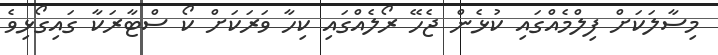
މިސާލަކަށް ފިލްމެއްގައި ކުޅެން ޖެހޭ ރޯލެއްގައި ކިހާ ވަރަކަށް ކޯ ސްޓާރަކާ ގައިގޯޅިވެ